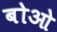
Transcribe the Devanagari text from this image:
बोओ